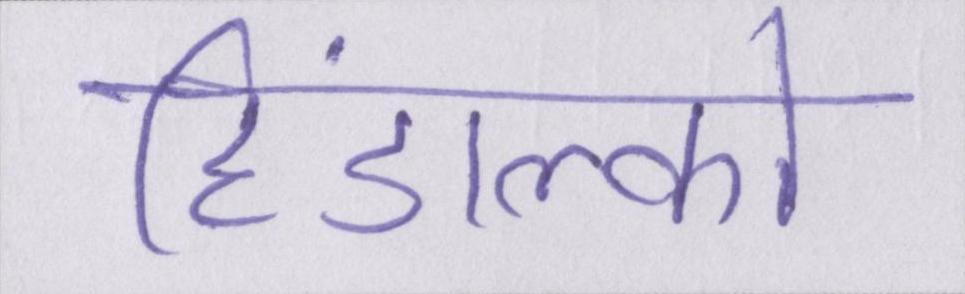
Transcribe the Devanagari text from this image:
हिंडाल्को